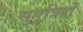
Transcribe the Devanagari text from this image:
सुपुत्रियों